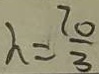
\lambda = \frac { 7 0 } { 3 }